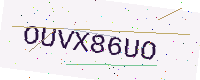
Text: OUVX86UO